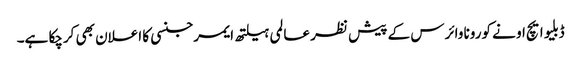
ڈبلیو ایچ او نے کورونا وائرس کے پیش نظر عالمی ہیلتھ ایمرجنسی کا اعلان بھی کرچکا ہے۔